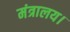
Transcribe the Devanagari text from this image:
मंत्रालय।